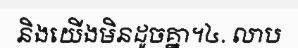
និងយើងមិនដូចគ្នា។៤. លាប